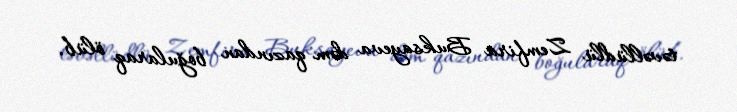
təvəllüdlü Zemfira Buksayeva dəm qazından boğularaq ölüb.